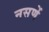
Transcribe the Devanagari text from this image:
नसणें